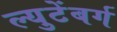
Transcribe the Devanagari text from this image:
ल्युटेंबर्ग